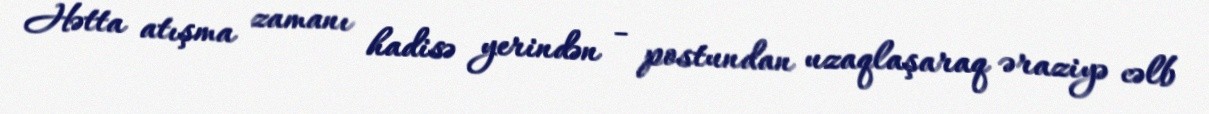
Hətta atışma zamanı hadisə yerindən - postundan uzaqlaşaraq əraziyə cəlb